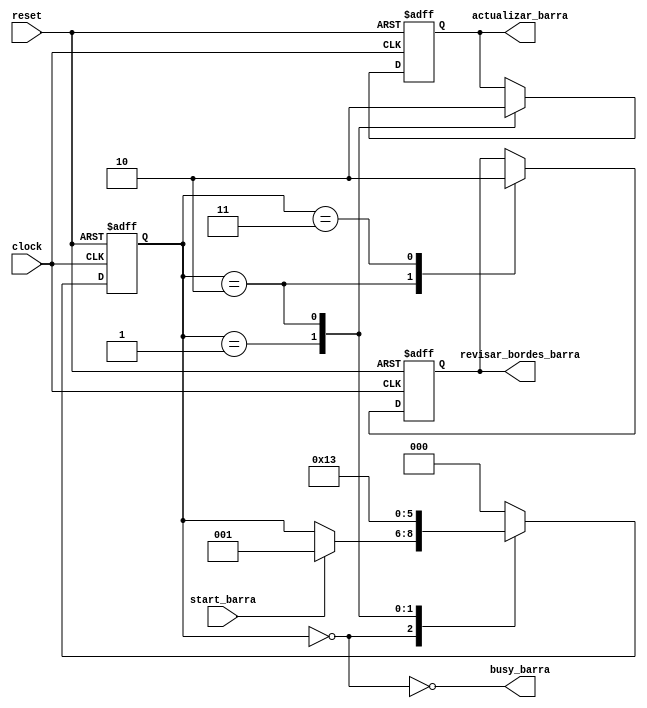
module FSM_Barra(clock, reset, start_barra, busy_barra,actualizar_barra, revisar_bordes_barra);
	
	//Definicion de las variables
	input clock, reset, start_barra;
	output busy_barra;
	output reg actualizar_barra, revisar_bordes_barra;
	
	//Estado en que se encuentra actualmente
	reg [2:0] state;
	
	//Definimos los estados de la FSM
	parameter STATE_0 = 0;
	parameter STATE_1 = 1;
	parameter STATE_2 = 2;
	parameter STATE_3 = 3;
	
	//Empieza en el estado cero
	initial
		begin
			state <= STATE_0;
			actualizar_barra <= 1'b0;
			revisar_bordes_barra <= 1'b0;
		end
	
	always@(posedge clock or posedge reset)
	begin
		if(reset)
			begin
				state <= STATE_0;
				actualizar_barra <= 1'b0;
				revisar_bordes_barra <= 1'b0;
			end
		else
			begin
				case(state)//Se va recorriendo estado por estado
				
					STATE_0: //Espera a que le digan que empiece
						begin
							if (start_barra)
								begin
									state <= STATE_1;
								end
						end
					
					STATE_1: //Actualiza las posiciones de la barra
						begin
							actualizar_barra <= 1'b1;
							state <= STATE_2;
						end
					
					STATE_2: //Revisa los bordes
						begin
							actualizar_barra <= 1'b0;
							revisar_bordes_barra <= 1'b1;					
							state <= STATE_3;
						end
						
					STATE_3:
						begin
							revisar_bordes_barra <= 1'b0;
							state <= STATE_0;
						end
					
					default:
						begin
							state <= STATE_0;
						end
				endcase
			end
	end
	
	//Se definen los valores de salida
	assign busy_barra = !(state == STATE_0);

endmodule